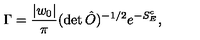
\Gamma = { \frac { | w _ { 0 } | } { \pi } } ( \det \hat { O } ) ^ { - 1 / 2 } e ^ { - S _ { E } ^ { c } } ,